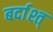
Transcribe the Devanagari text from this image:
बर्दाश्त्